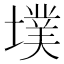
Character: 墣